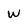
Character: W